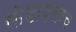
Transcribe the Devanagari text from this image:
सोडायलाच